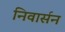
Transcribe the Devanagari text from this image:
निवार्सन